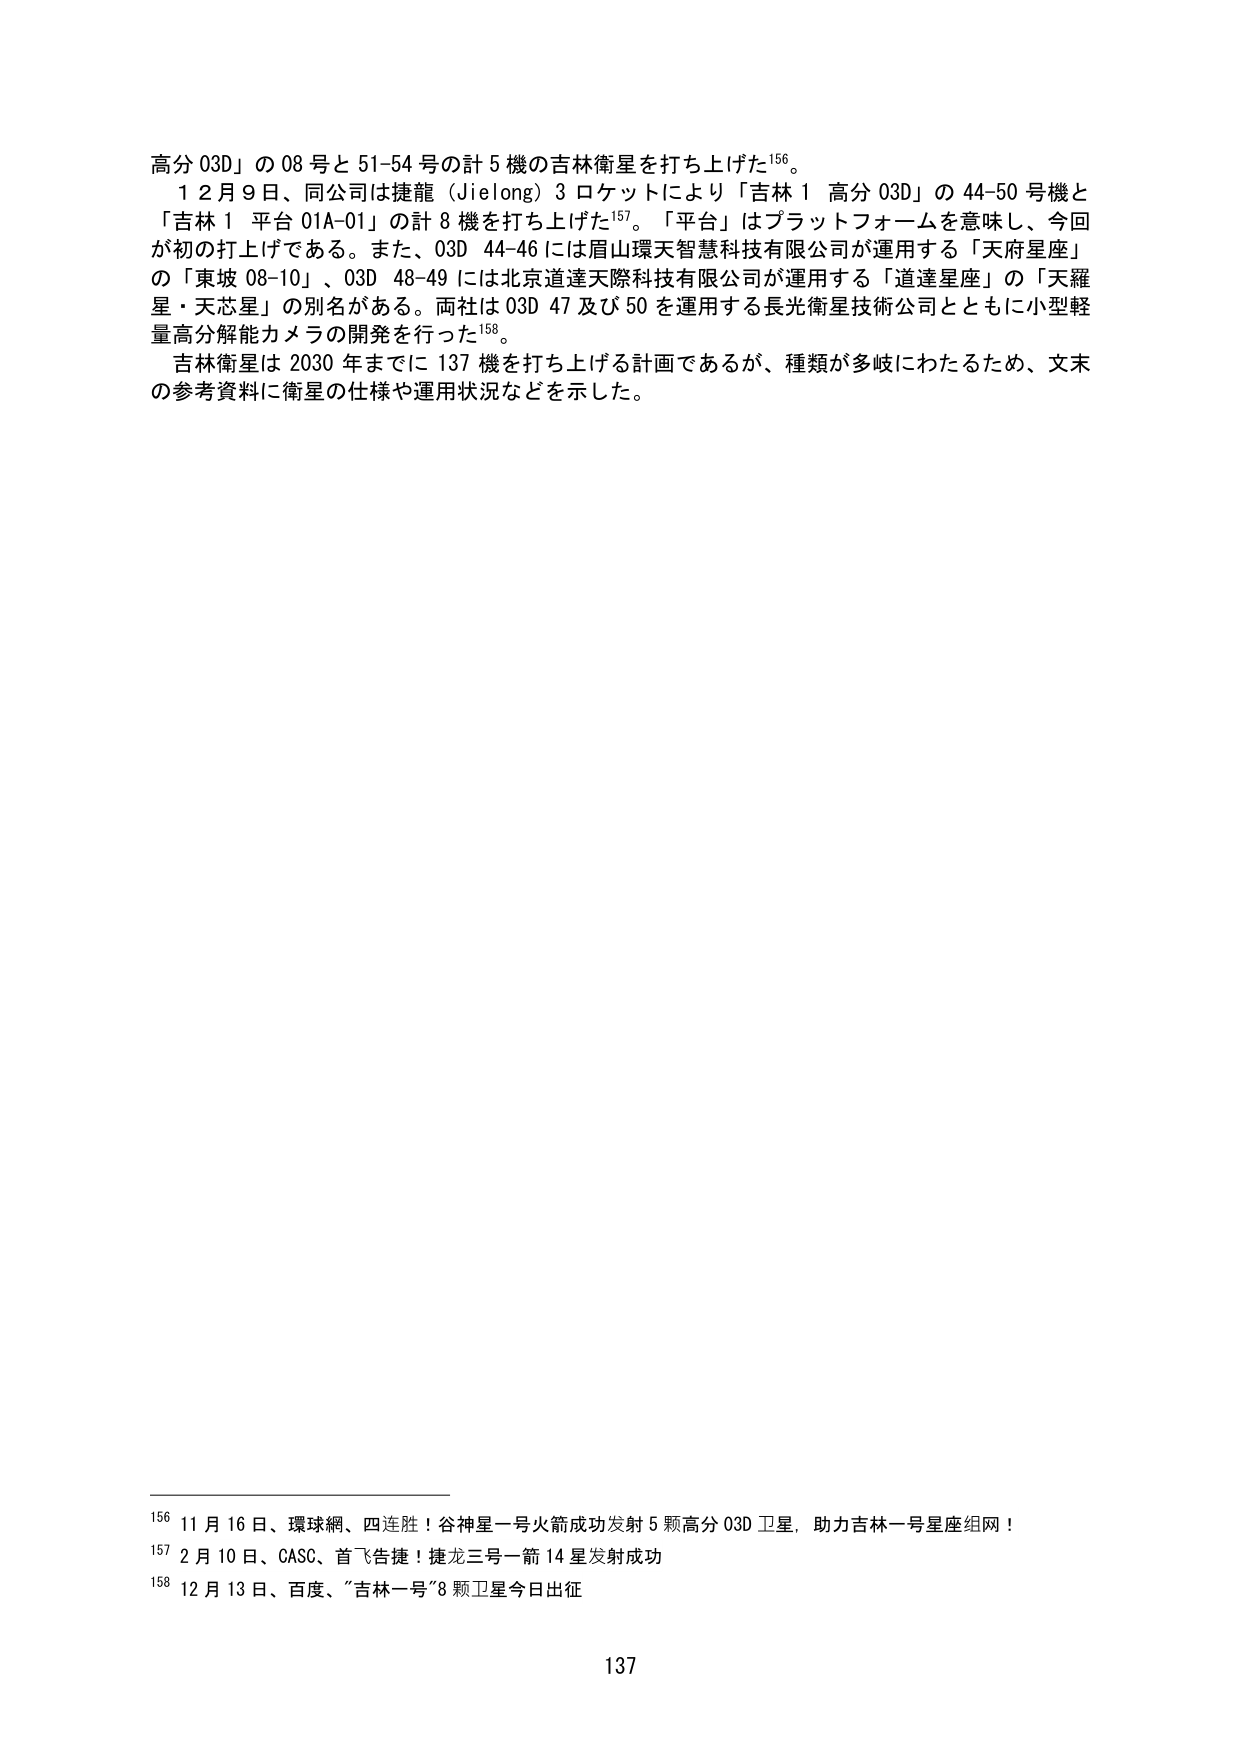
高分 03D」の 08 号と 51-54 号の計 5 機の吉林衛星を打ち上げた¹⁵⁶。

12月9日、同公司は捷龍（Jielong）3 ロケットにより「吉林 1 高分 03D」の 44-50 号機と「吉林 1 平台 01A-01」の計 8 機を打ち上げた¹⁵⁷。「平台」はプラットフォームを意味し、今回が初の打上げである。また、03D 44-46 には眉山環天智慧科技有限公司が運用する「天府星座」の「東坡 08-10」、03D 48-49 には北京道達天際科技有限公司が運用する「道達星座」の「天羅星・天芯星」の別名がある。両社は 03D 47 及び 50 を運用する長光衛星技術公司とともに小型軽量高分解能力メラの開発を行った¹⁵⁸。

吉林衛星は 2030 年までに 137 機を打ち上げる計画であるが、種類が多岐にわたるため、文末の参考資料に衛星の仕様や運用状況などを示した。

¹⁵⁶ 11月16日、環球網、四连胜！谷神星一号火箭成功发射 5 颗高分 03D 卫星，助力吉林一号星座组网！

¹⁵⁷ 2月10日、CASC、首飞告捷！捷龙三号一箭14星发射成功

¹⁵⁸ 12月13日、百度、「吉林一号」8 颗卫星今日出征

137